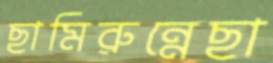
ছামিরুন্নেছা